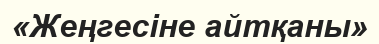
«Жеңгесіне айтқаны»